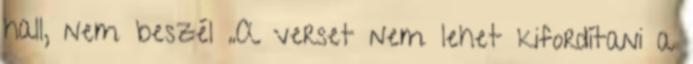
hall, nem beszél „A verset nem lehet kifordítani a